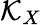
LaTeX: \mathcal{K}_{X}